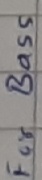
Text: For Bass